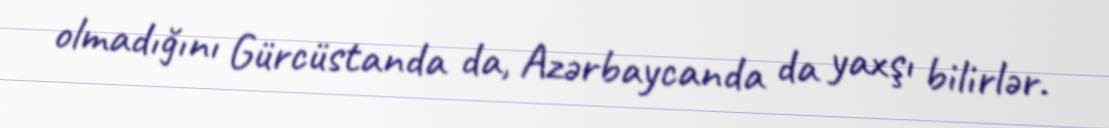
olmadığını Gürcüstanda da, Azərbaycanda da yaxşı bilirlər.